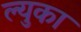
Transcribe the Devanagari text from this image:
ल्युका